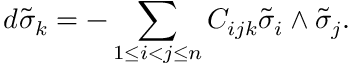
d \widetilde { \sigma } _ { k } = - \sum _ { 1 \leq i < j \leq n } C _ { i j k } \widetilde { \sigma } _ { i } \wedge \widetilde { \sigma } _ { j } .